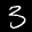
Label: 3